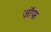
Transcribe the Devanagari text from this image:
ज़ॉफ